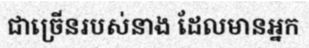
ជាច្រើនរបស់នាង ដែលមានអ្នក